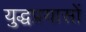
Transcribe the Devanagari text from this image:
युद्धप्रयासों